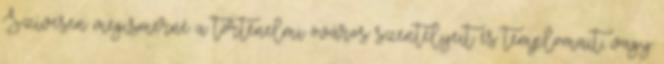
Szívesen megismerné a történelmi óváros szentélyeit és templomait, vagy